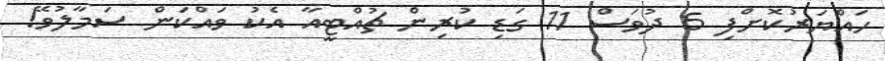
ހައްޔަރުކޮށްފި 5 ދުވަސް 11 ގަޑި ކުރިން ޗުއްޓީއާ އެކު ވައްކަން ސަމާލުވޭ!